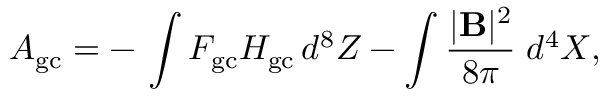
{ \cal A } _ { \mathrm { g c } } = - \, \int { \cal F } _ { \mathrm { g c } } { \cal H } _ { \mathrm { g c } } \, d ^ { 8 } Z - \int \frac { | { \bf B } | ^ { 2 } } { 8 \pi } \; d ^ { 4 } X ,